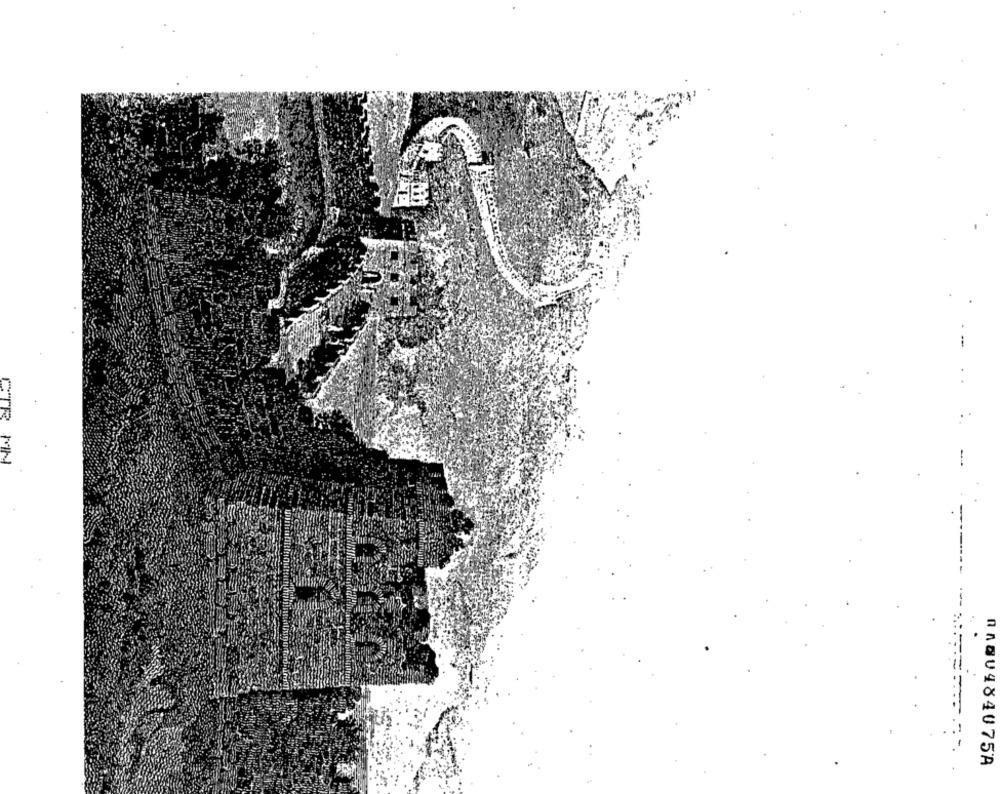
CTR
MH
---- ----:-
0AQU484075A